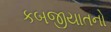
કબજીયાતનો